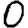
Digit: 0